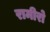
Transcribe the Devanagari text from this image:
रामीरो